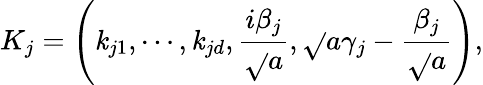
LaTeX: K_{j}=\left(\mathit{k}_{j1},\cdots,\mathit{k}_{jd},\frac{{i\beta_{j}}}{{\sqrt{}{{a}}}},\sqrt{}{{a}}\gamma_{j}-\frac{{\beta_{j}}}{{\sqrt{}{{a}}}}\right),